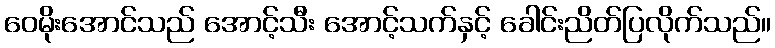
ဝေမိုးအောင်သည် အောင့်သီး အောင့်သက်နှင့် ခေါင်းညိတ်ပြလိုက်သည်။